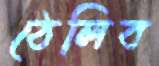
ঠেলিব